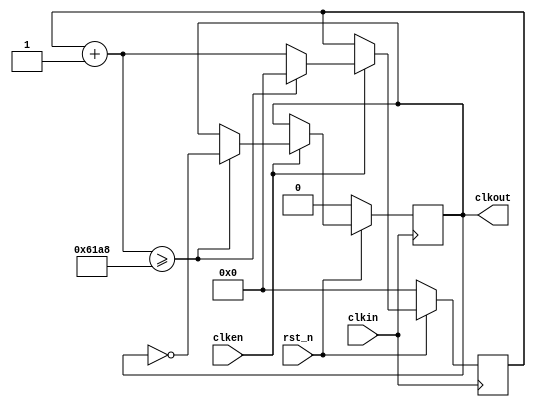
module clock_generator(
	input clkin,
	input rst_n,
	input clken,
	output reg clkout
);
	parameter clk_freq = 1000;
	parameter countlimit = 50000000 / 2 / clk_freq;
	
	reg [31:0] clkcount;
	
	initial begin
		clkout = 0;
		clkcount = 0;
	end
	
	always @ (posedge clkin) begin
		if (!rst_n) begin
			clkcount = 0;
			clkout = 1'b0;
		end else begin
			if (clken) begin
				clkcount = clkcount + 1;
				if (clkcount >= countlimit) begin
					clkcount = 32'd0;
					clkout = ~clkout;
				end else begin
					clkout = clkout;
				end
			end else begin
				clkcount = clkcount;
				clkout = clkout;
			end
		end
	end
endmodule